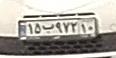
۱۵ب۹۷۲۱۰